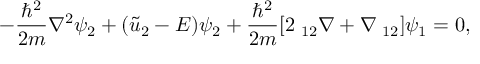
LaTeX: - { \frac { \hbar ^ { 2 } } { 2 m } } \nabla ^ { 2 } \psi _ { 2 } + ( { \tilde { u } } _ { 2 } - E ) \psi _ { 2 } + { \frac { \hbar ^ { 2 } } { 2 m } } [ 2 \mathbf { \tau } _ { 1 2 } \nabla + \nabla \mathbf { \tau } _ { 1 2 } ] \psi _ { 1 } = 0 ,